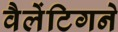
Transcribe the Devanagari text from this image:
वैलेंटिगने